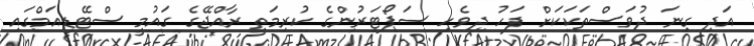
އަދި ގިނަ ދުވަސްތަކަކަށް ފަހު ދިވެހި ސަޕޯޓަރުންގެ ކުރިމަތީ ރާއްޖޭގެ ގައުމީ ސްޓޭޑިއަމްގައި